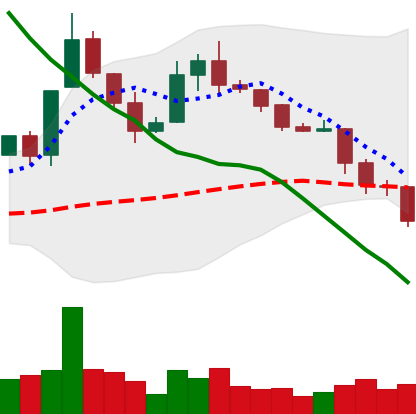
Ticker: XLM-USD
Chart end date: 2019-11-21
Forward return: -5.074%
Label: down_5_7